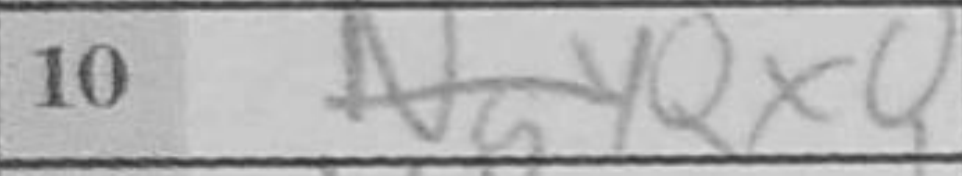
Transcription: Qxe7+